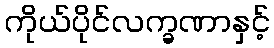
ကိုယ်ပိုင်လက္ခဏာနှင့်